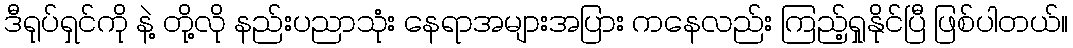
ဒီရုပ်ရှင်ကို နဲ့ တို့လို နည်းပညာသုံး နေရာအများအပြား ကနေလည်း ကြည့်ရှုနိုင်ပြီ ဖြစ်ပါတယ်။